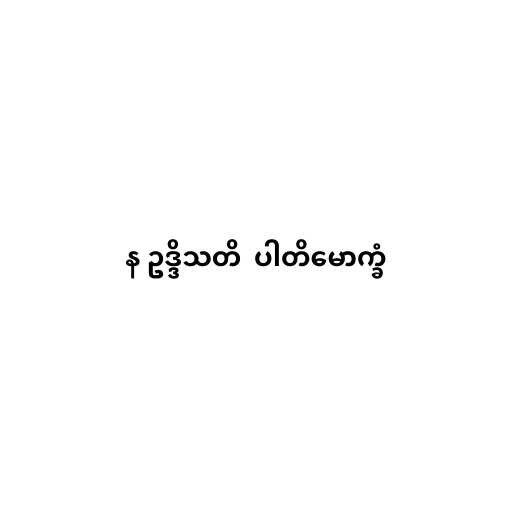
န ဥဒ္ဒိသတိ  ပါတိမောက္ခံ